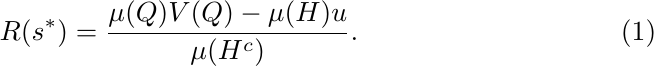
\begin{align}
R(s^*) = \frac{\mu(Q) V(Q)-\mu(H) u}{\mu(H^c)}. \label{eq:robustness2}
\end{align}